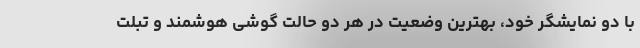
با دو نمایشگر خود، بهترین وضعیت‌ در هر دو حالت گوشی هوشمند و تبلت